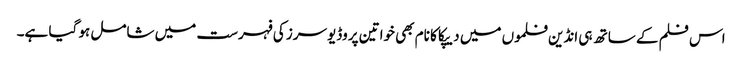
اس فلم کے ساتھ ہی انڈین فلموں میں دیپکا کا نام بھی خواتین پروڈیوسرز کی فہرست میں شامل ہو گیا ہے۔